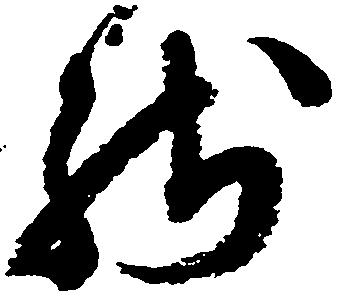
残